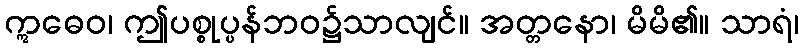
ဣဓေဝ၊ ဤပစ္စုပ္ပန်ဘဝ၌သာလျင်။ အတ္တနော၊ မိမိ၏။ သာရံ၊